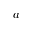
a